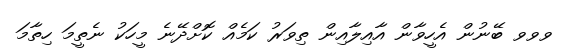
ވވވ ބޭނުން އެހީވާން އާއިލާއިން ތިވަރު ކަމެއް ކޮށްދޭނެ މީހަކު ނެތީމަ ހިތާމަ